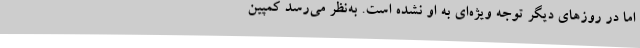
اما در روزهای دیگر توجه ویژه‌ای به او نشده است. به‌نظر می‌رسد کمپین